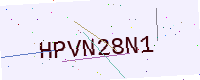
Text: HPVN28N1